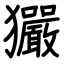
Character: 玁